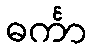
ဓင်္ကာ